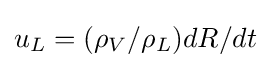
u_{L}=(\rho _{V}/\rho _{L})dR/dt